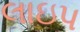
લાઇપ